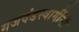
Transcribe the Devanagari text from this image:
गजदंडस्वामींनी